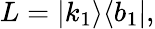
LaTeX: L=|k_{1}\rangle\langle b_{1}|,